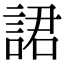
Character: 𧨡